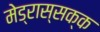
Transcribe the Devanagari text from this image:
मेड्रास्सक्क